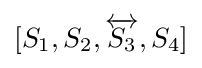
[S_{1},S_{2},{\overleftrightarrow {S_{3}}},S_{4}]